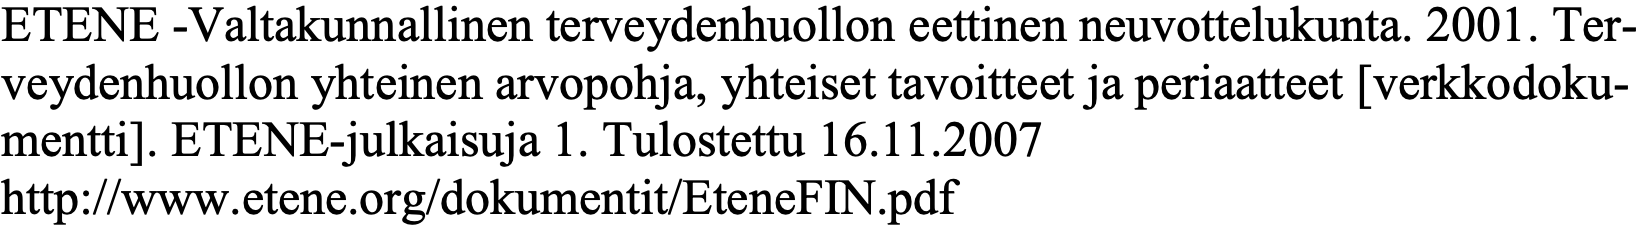
ETENE -Valtakunnallinen terveydenhuollon eettinen neuvottelukunta. 2001. Ter- veydenhuollon yhteinen arvopohja, yhteiset tavoitteet ja periaatteet [verkkodoku- mentti]. ETENE-julkaisuja 1. Tulostettu 16.11.2007 http://www.etene.org/dokumentit/EteneFIN.pdf